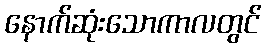
နောက်ဆုံးသောကာလတွင်